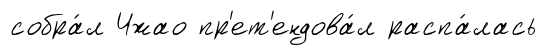
собра́л Чжао пр'ет'ендова́л распа́лась